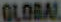
GLOBAL